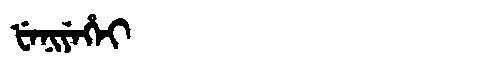
Manchu: ᡶᡝᠨᡳᠶᡝᡥᡝᡳ
Romanization: FENIYEHEI